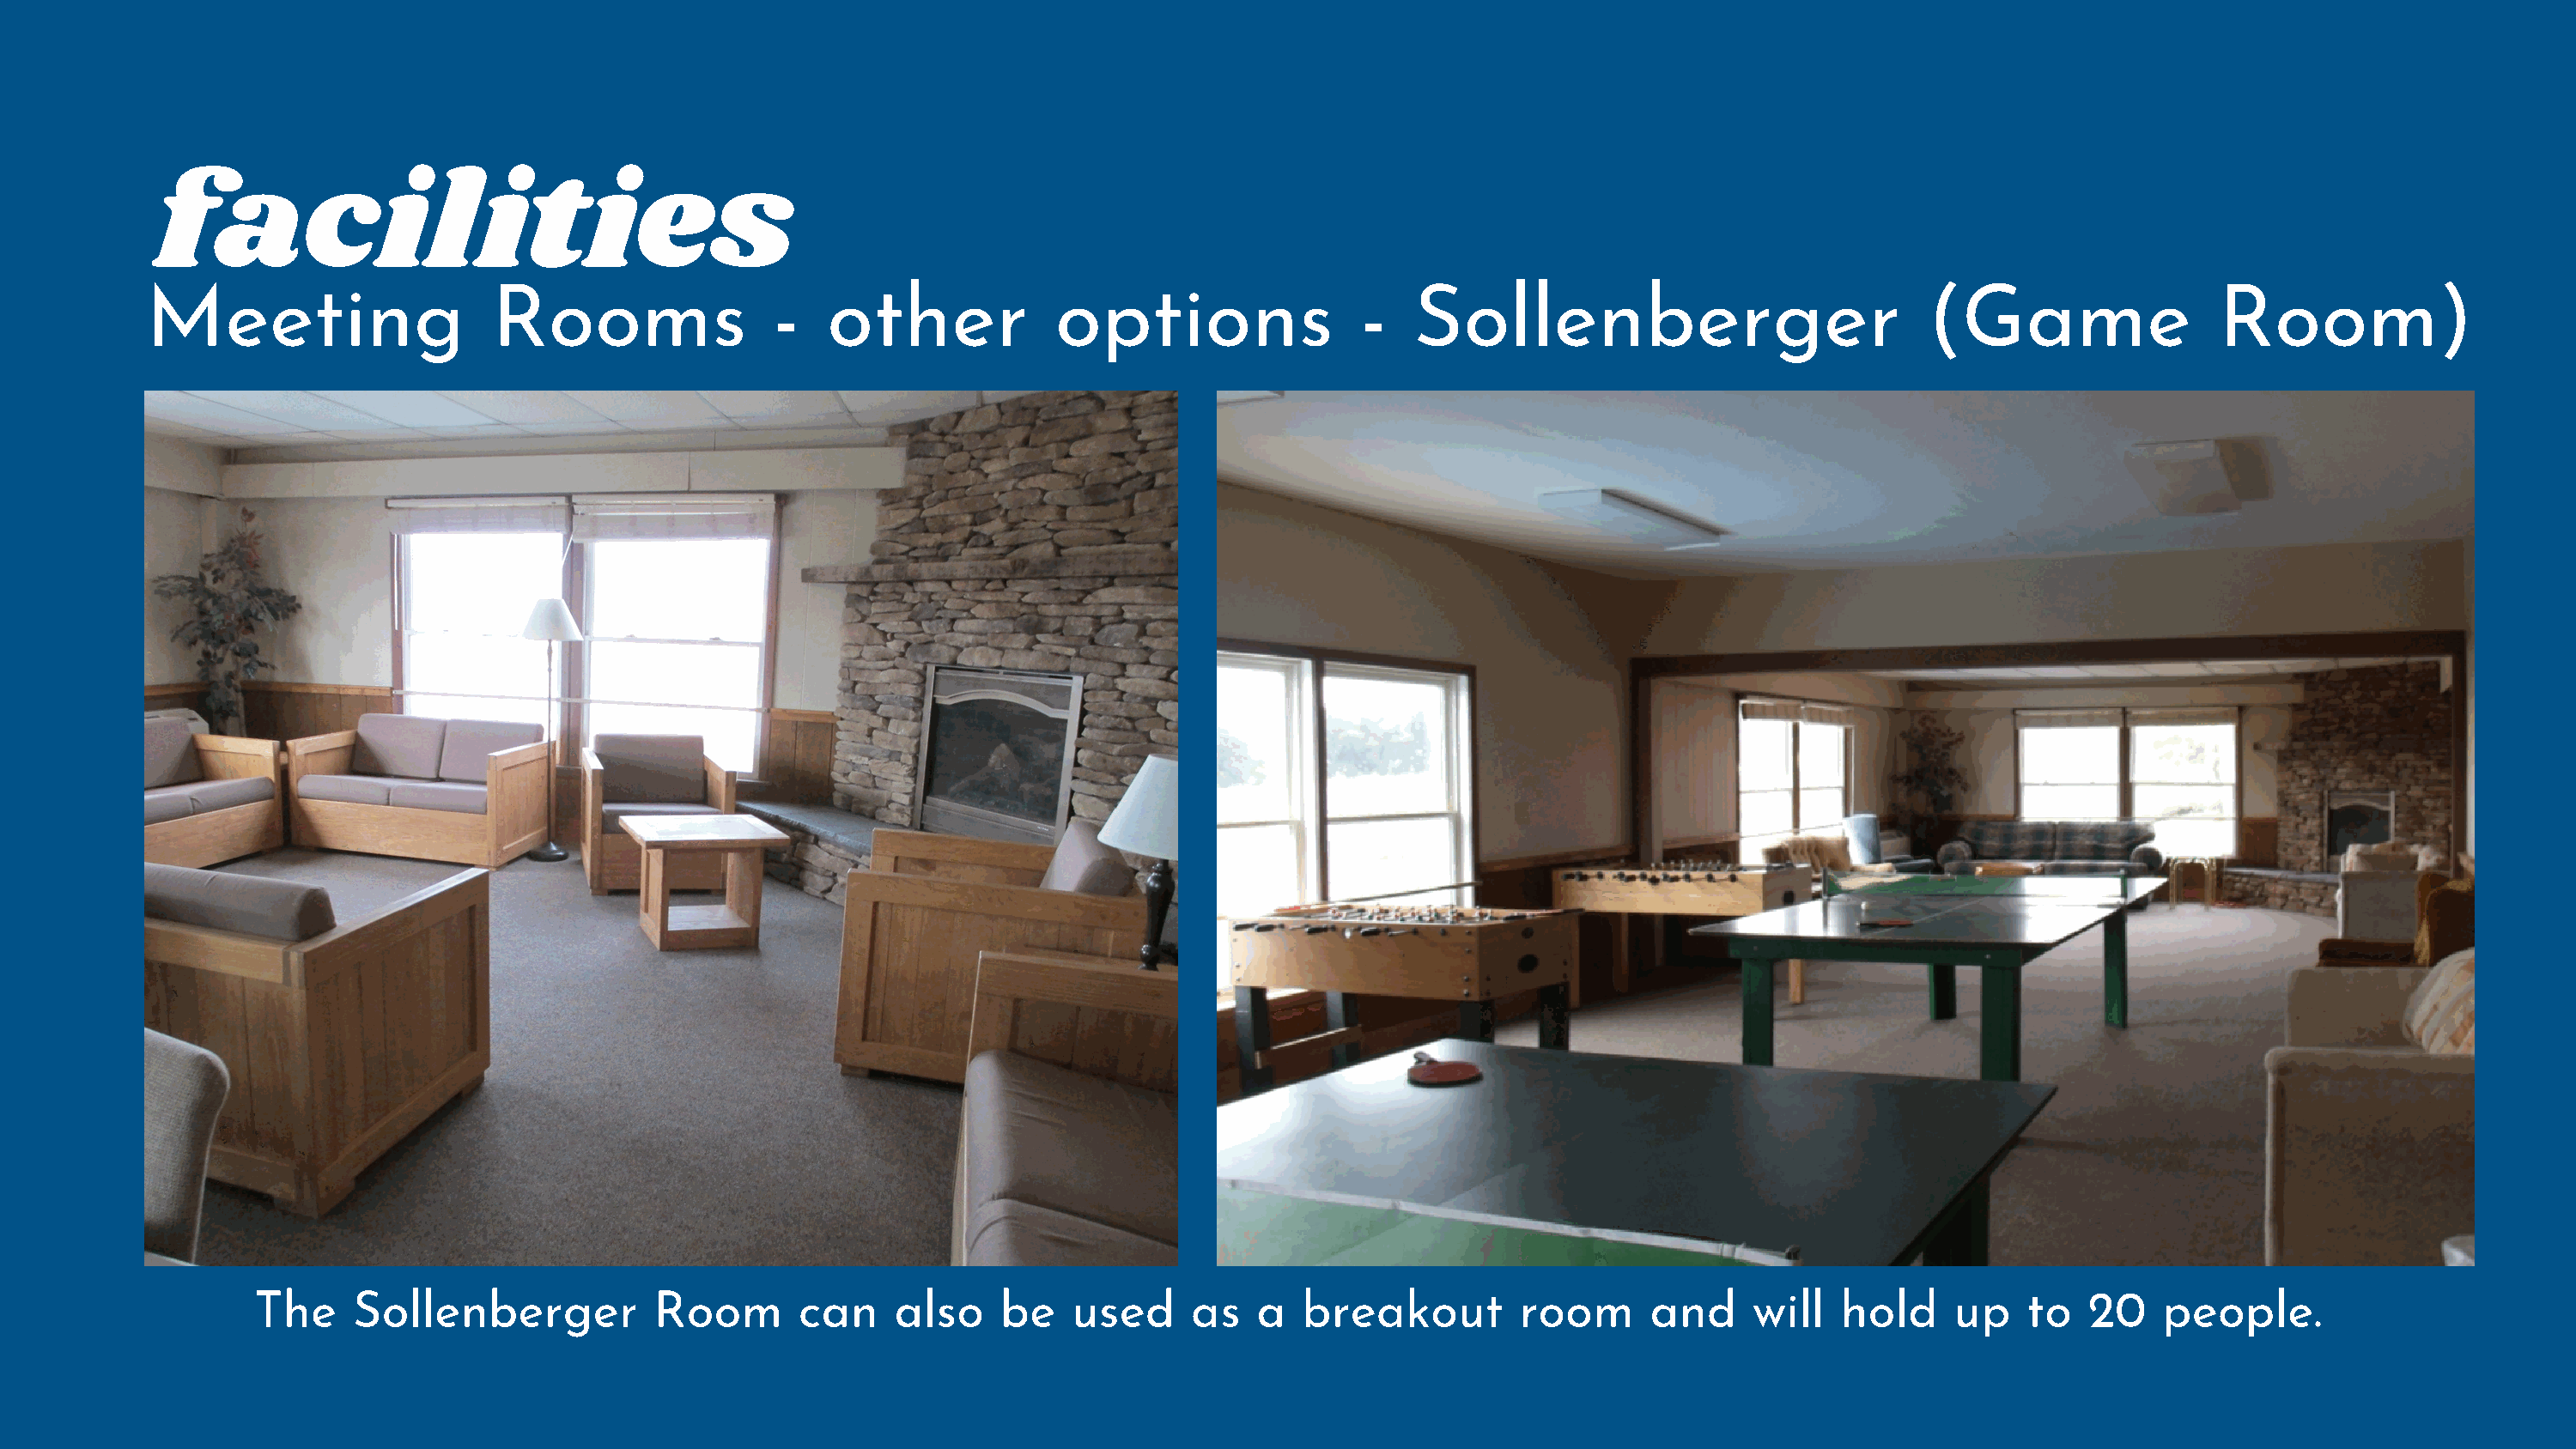
facilities
 Meeting                    Rooms                 -   other            options                 -   Sollenberger                            (Game                 Room)
 The    Sollenberger           Room        can    also    be    used     as   a  breakout         room      and     will   hold     up   to   20    people.